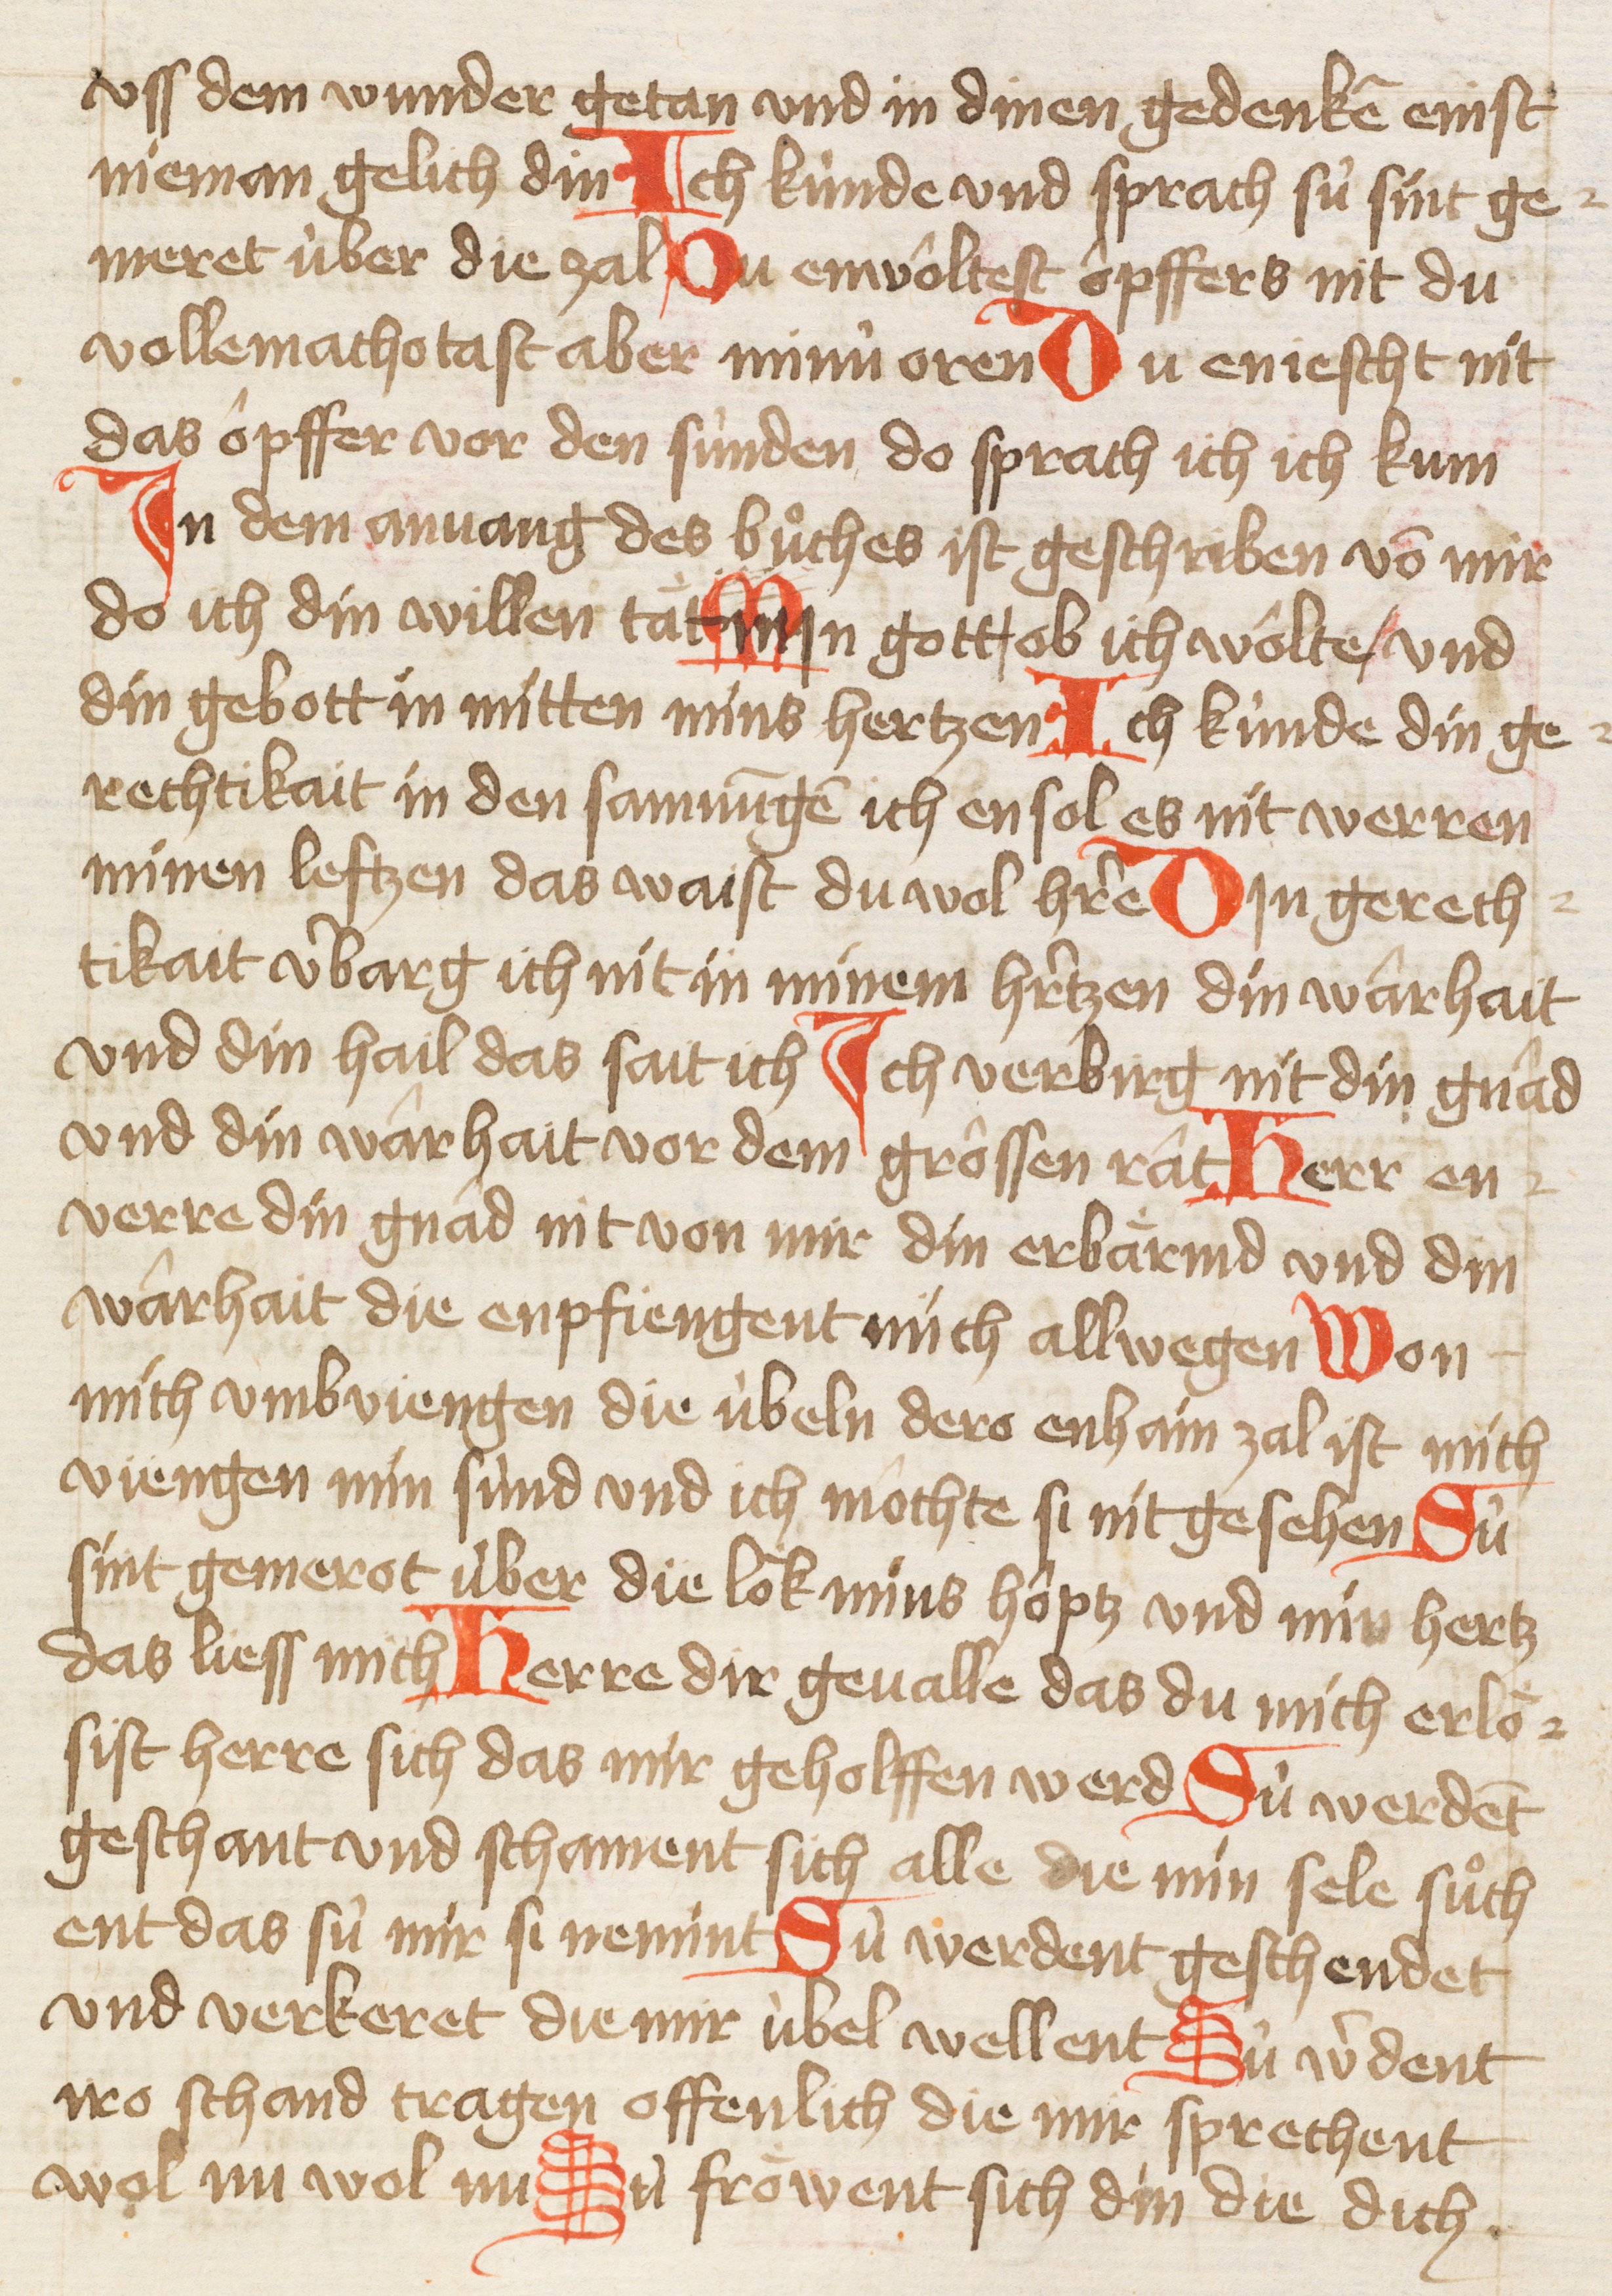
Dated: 1421–1421